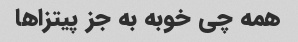
همه چی خوبه به جز پیتزاها